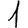
Digit: 1